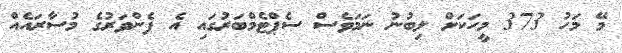
މޭ މަހު 373 މީހަކަށް ލިބުނު ނަމަވެސް ސެޕްޓެމްބަރުގައި އެ ފެންވަރުގެ މުސާރައެއް